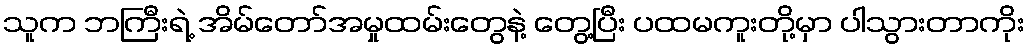
သူက ဘကြီးရဲ့ အိမ်တော်အမှုထမ်းတွေနဲ့ တွေ့ပြီး ပထမကူးတို့မှာ ပါသွားတာကိုး